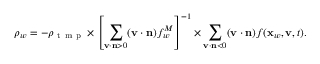
\rho _ { w } = - \rho _ { \mathrm { ~ t ~ m ~ p ~ } } \times \left[ \sum _ { \mathbf v \cdot \mathbf n > 0 } ( \mathbf v \cdot \mathbf n ) f _ { w } ^ { M } \right] ^ { - 1 } \times \sum _ { \mathbf v \cdot \mathbf n < 0 } ( \mathbf v \cdot \mathbf n ) f ( \mathbf x _ { w } , \mathbf v , t ) .